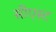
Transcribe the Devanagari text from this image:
सीएस्ट